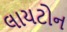
લાયટોન